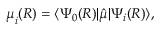
\begin{array} { r } { { \boldsymbol \mu } _ { i } ( { \boldsymbol { R } } ) = \langle \Psi _ { 0 } ( { \boldsymbol { R } } ) | \hat { \boldsymbol \mu } | \Psi _ { i } ( { \boldsymbol { R } } ) \rangle , } \end{array}